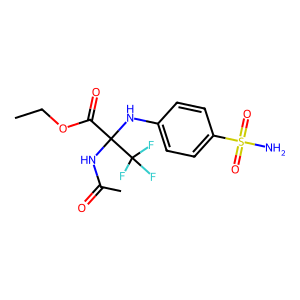
SMILES: CCOC(=O)C(NC(C)=O)(Nc1ccc(S(N)(=O)=O)cc1)C(F)(F)F
Inhibits HIV replication: No